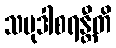
သမုဒါစရန္တီတိ